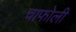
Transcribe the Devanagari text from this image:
चाफोली